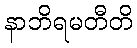
နာဘိရမတီတိ